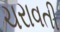
ચરાવતી